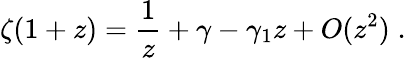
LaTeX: \zeta(1+z)={\frac{1}{z}}+\gamma-\gamma_{1}z+O(z^{2})\; .